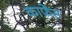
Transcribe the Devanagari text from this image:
काफ्रेंस